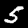
Label: 5